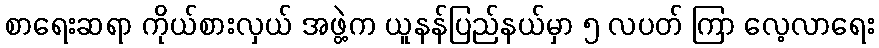
စာရေးဆရာ ကိုယ်စားလှယ် အဖွဲ့က ယူနန်ပြည်နယ်မှာ ၅ လပတ် ကြာ လေ့လာရေး